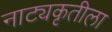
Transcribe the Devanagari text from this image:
नाट्यकृतीला